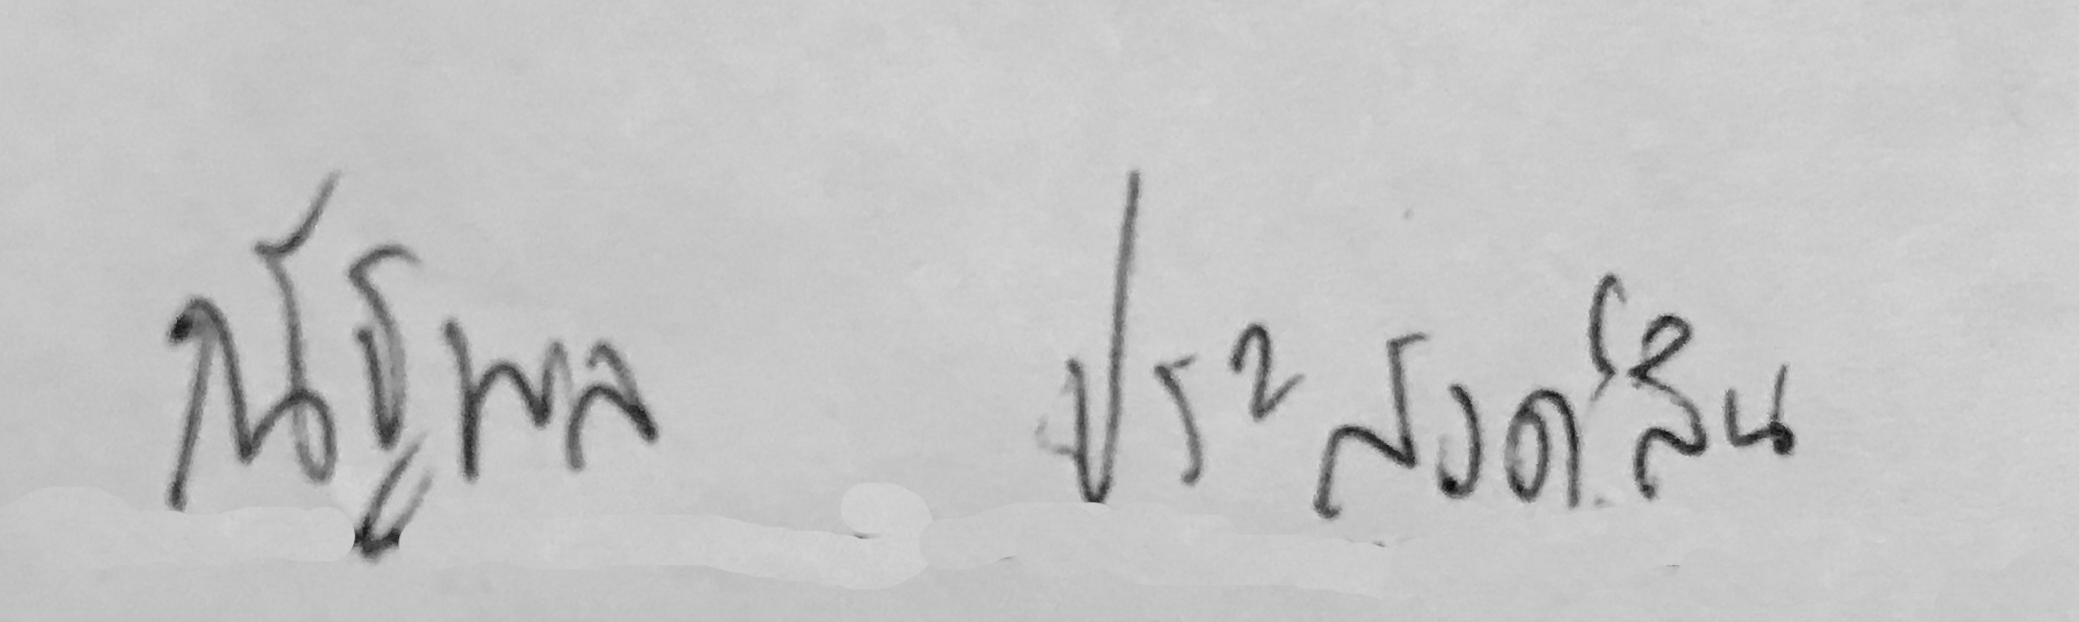
ณัฐพลประสงค์สิน